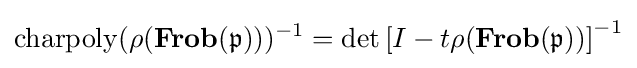
\operatorname {charpoly} (\rho (\mathbf {Frob} ({\mathfrak {p}})))^{-1}=\operatorname {det} \left[I-t\rho (\mathbf {Frob} ({\mathfrak {p}}))\right]^{-1}